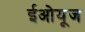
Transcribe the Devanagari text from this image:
ईओयूज